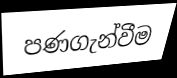
පණගැන්වීම